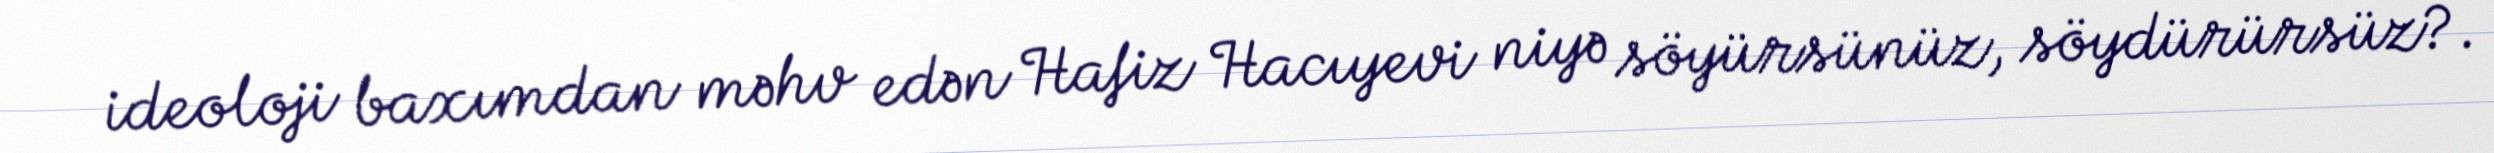
ideoloji baxımdan məhv edən Hafiz Hacıyevi niyə söyürsünüz, söydürürsüz?.